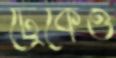
ট্রেকেও